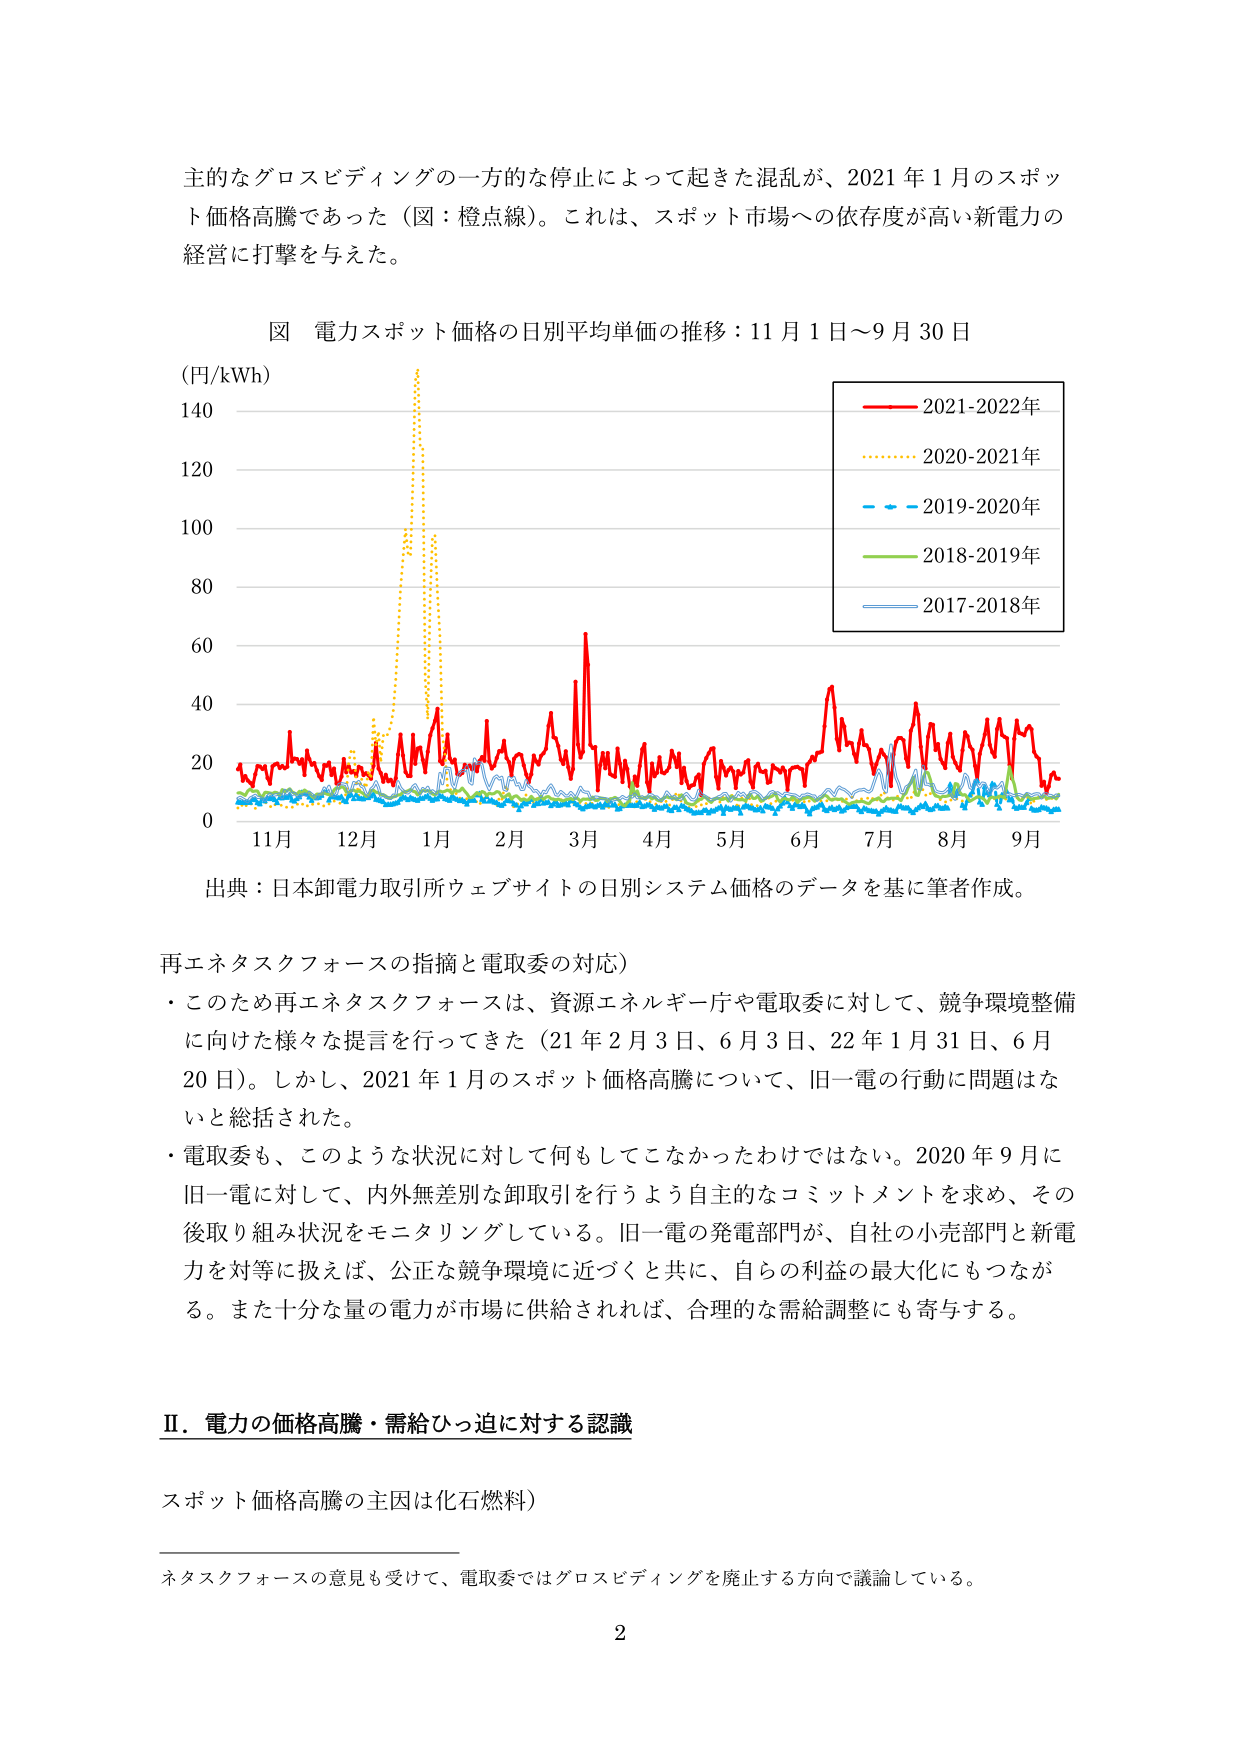
主的なグロスビディングの一方的な停止によって起きた混乱が、2021年1月のスポット価格高騰であった（図：橙点線）。これは、スポット市場への依存度が高い新電力の経営に打撃を与えた。

図 電力スポット価格の日別平均単価の推移：11月1日～9月30日

(円/kWh)
140
120
100
80
60
40
20
0
11月 12月 1月 2月 3月 4月 5月 6月 7月 8月 9月

2021-2022年
2020-2021年
2019-2020年
2018-2019年
2017-2018年

出典：日本卸電力取引所ウェブサイトの日別システム価格のデータを基に筆者作成。

再エネタスクフォースの指摘と電取委の対応）
・このため再エネタスクフォースは、資源エネルギー庁や電取委に対して、競争環境整備に向けた様々な提言を行ってきた（21年2月3日、6月3日、22年1月31日、6月20日）。しかし、2021年1月のスポット価格高騰について、旧一電の行動に問題はないと総括された。
・電取委も、このような状況に対して何もしてこなかったわけではない。2020年9月に旧一電に対して、内外無差別な卸取引を行うよう自主的なコミットメントを求め、その後取り組み状況をモニタリングしている。旧一電の発電部門が、自社の小売部門と新電力を対等に扱えば、公正な競争環境に近づくと共に、自らの利益の最大化にもつながる。また十分な量の電力が市場に供給されれば、合理的な需給調整にも寄与する。

Ⅱ．電力の価格高騰・需給ひっ迫に対する認識

スポット価格高騰の主因は化石燃料）

ネタスクフォースの意見も受けて、電取委ではグロスビディングを廃止する方向で議論している。

2